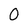
Character: 0